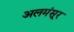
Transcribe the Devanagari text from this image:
अलमंसूर